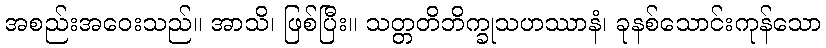
အစည်းအဝေးသည်။ အာသိ၊ ဖြစ်ပြီး။ သတ္တတိဘိက္ခုသဟဿာနံ၊ ခုနစ်သောင်းကုန်သော